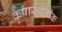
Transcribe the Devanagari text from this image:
कृपास्थलीक